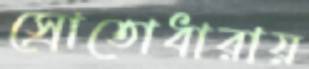
স্রোতোধারায়